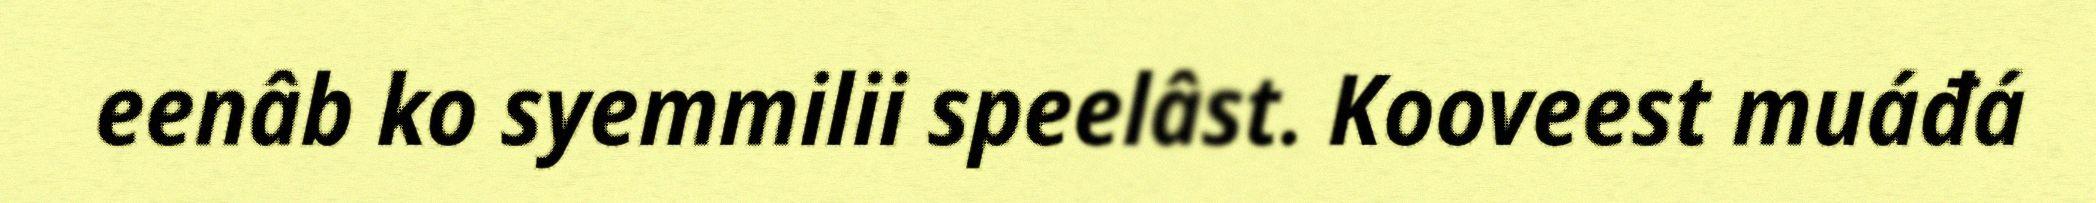
eenâb ko syemmilii speelâst. Kooveest muáđá